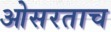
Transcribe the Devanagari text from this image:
ओसरताच